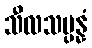
သီလသမ္ပန္နံ